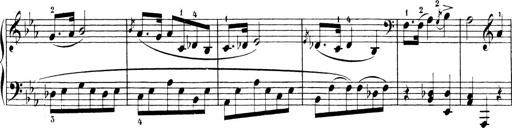
Title: Sonatinen Op.47, 98 und 136, nebst 6 Liedersonatinen
Composer: Carl Reinecke